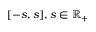
[ - s , s ] , s \in \mathbb { R } _ { + }